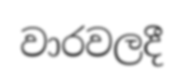
වාරවලදී